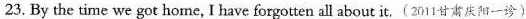
23. By the time we got home, I have forgotten all about it.(2011甘肃庆阳一诊)